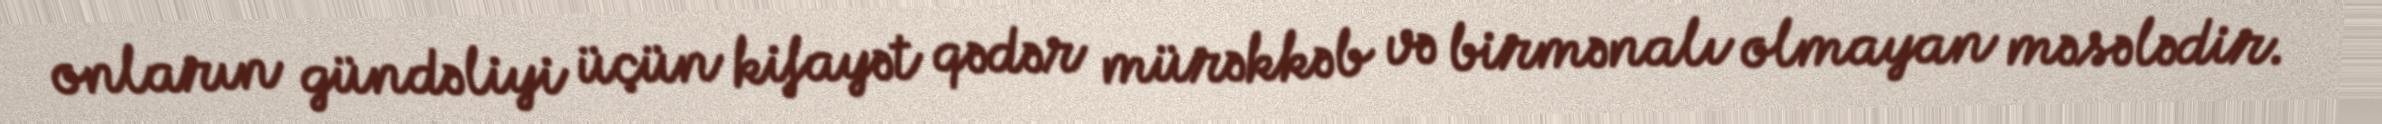
onların gündəliyi üçün kifayət qədər mürəkkəb və birmənalı olmayan məsələdir.